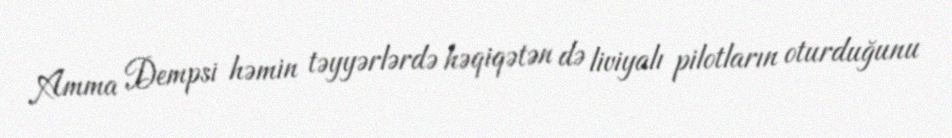
Amma Dempsi həmin təyyərlərdə həqiqətən də liviyalı pilotların oturduğunu